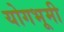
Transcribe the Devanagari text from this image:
योगभूमी